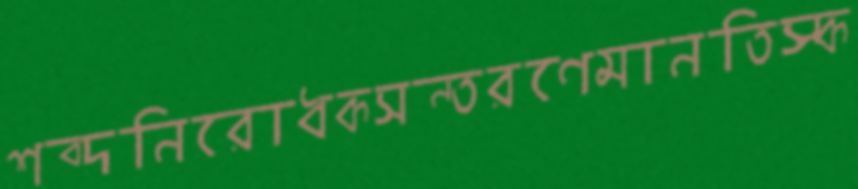
শব্দনিরোধকসন্তরণেমানতিস্ক